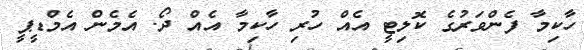
ހާކިމާ ފެންވަރުގެ ކޮލިޓީ އެއް ހުރި ހާކިމާ އެއް ދޯ. އެމެން އެމްޑީޕީ